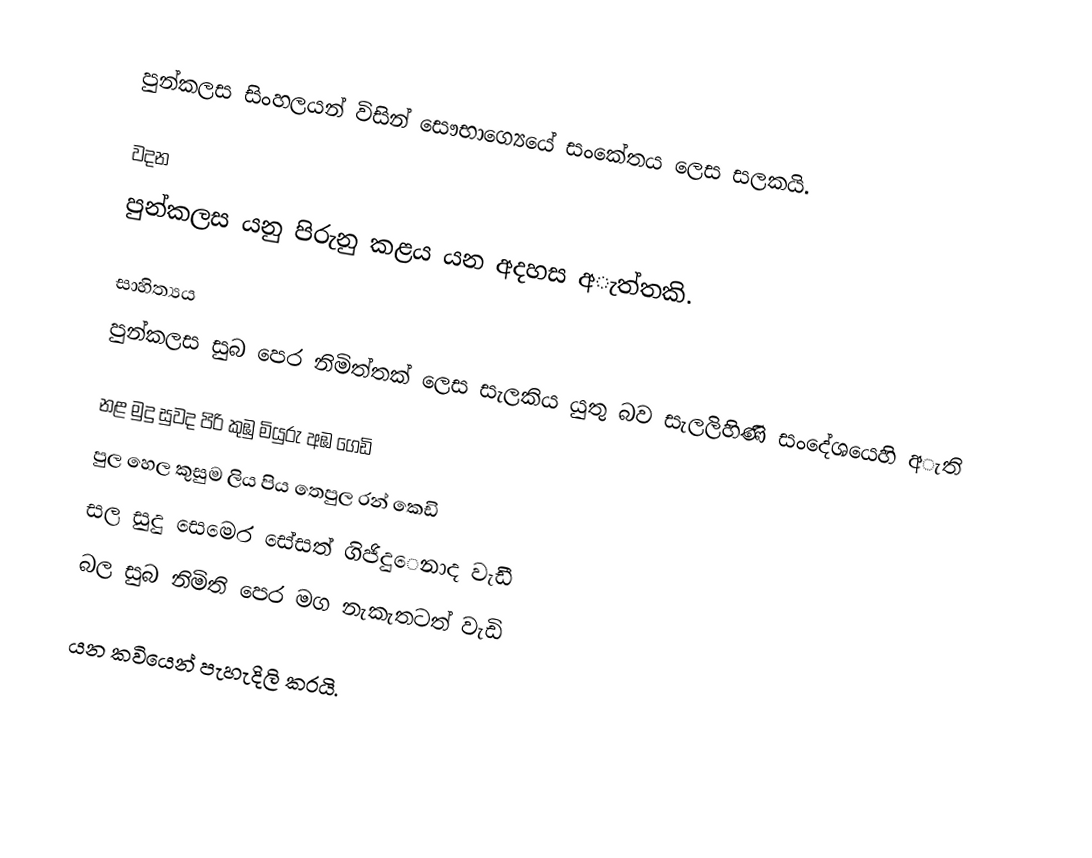
පුන්කලස සිංහලයන් විසින් සෞභාග්‍යෙයේ සංකේතය ලෙස සලකයි.

වදන
පුන්කලස යනු පිරුනු කළය යන අදහස අැත්තකි.

සාහිත්‍යය
පුන්කලස සුබ පෙර නිමිත්තක් ලෙස සැලකිය යුතු බව සැලලිහිණි සංදේශයෙහි අැති

නළ මුදු සුවද පිරි කුඹු මියුරු අඹ ගෙඩි
පුල හෙල කුසුම ලිය පිය තෙපුල රන් කෙඩි
සල සුදු සෙමෙර සේසත් ගිජිදුෙනාද වැඩී
බල සුබ නිමිති පෙර මග නැකැතටත් වැඩි

යන කවියෙන් පැහැදිලි කරයි.